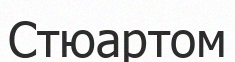
Стюартом